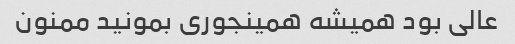
عالی بود همیشه همینجوری بمونید ممنون